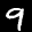
Digit: 9